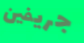
جريفين